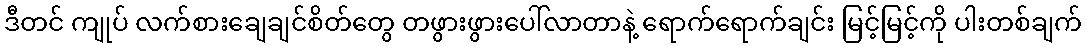
ဒီတင် ကျုပ် လက်စားချေချင်စိတ်တွေ တဖွားဖွားပေါ်လာတာနဲ့ ရောက်ရောက်ချင်း မြင့်မြင့်ကို ပါးတစ်ချက်